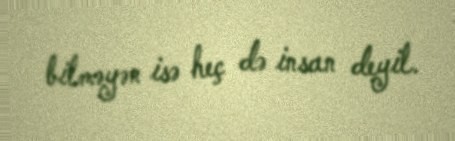
bilməyən isə heç də insan deyil.